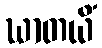
ဃာတယိံ